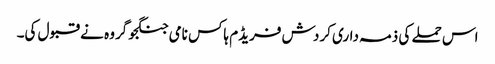
اس حملے کی ذمہ داری کردش فریڈم ہاکس نامی جنگجو گروہ نے قبول کی۔